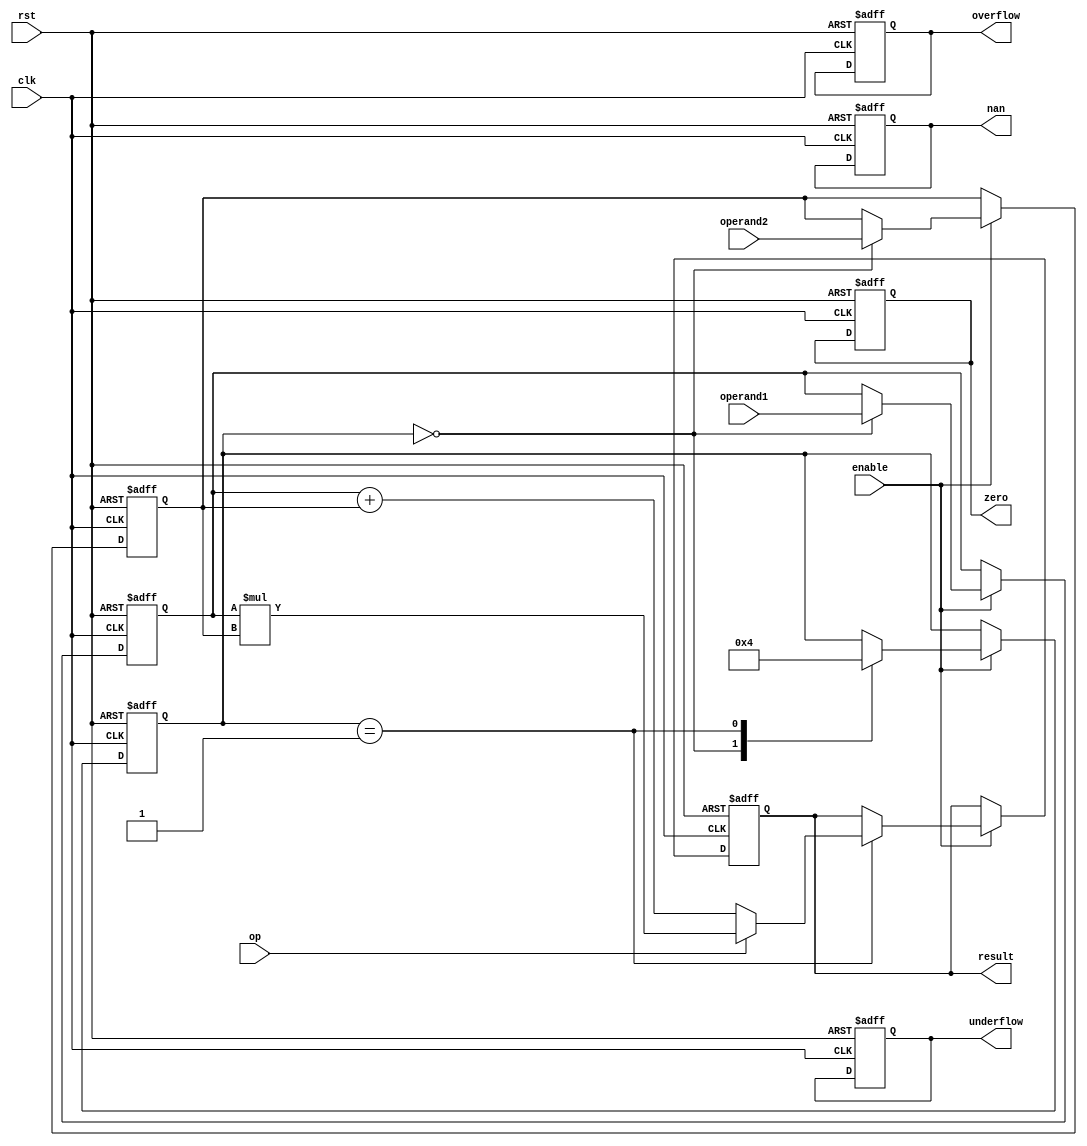
module DoublePrecisionFPU (
    input wire clk,
    input wire rst,
    input wire enable,
    input wire[63:0] operand1,
    input wire[63:0] operand2,
    input wire op, // 0: addition, 1: multiplication, 2: division
    output reg[63:0] result,
    output reg zero,
    output reg nan,
    output reg overflow,
    output reg underflow
);

reg[63:0] reg_operand1;
reg[63:0] reg_operand2;
reg[1:0] state;

always @(posedge clk or posedge rst)
begin
    if (rst)
    begin
        state <= 0;
        reg_operand1 <= 0;
        reg_operand2 <= 0;
        result <= 0;
        zero <= 0;
        nan <= 0;
        overflow <= 0;
        underflow <= 0;
    end
    else if (enable)
    begin
        case(state)
            0: begin 
                    reg_operand1 <= operand1;
                    reg_operand2 <= operand2;
                    state <= 1;
               end
            1: begin
                    if(op == 0) // Addition
                    begin
                        result <= reg_operand1 + reg_operand2;
                    end
                    else if(op == 1) // Multiplication
                    begin
                        result <= reg_operand1 * reg_operand2;
                    end
                    else if(op == 2) // Division
                    begin
                        result <= reg_operand2 == 0 ? 64'hX : reg_operand1 / reg_operand2; //Handle division by zero
                    end
                    state <= 0;
               end
        endcase
    end
end

endmodule